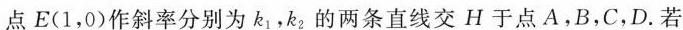
点E(1，0)作斜率分别为k_{1}，k_{2}的两条直线交H于点A，B，C，D.若